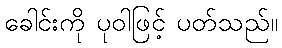
ခေါင်းကို ပုဝါဖြင့် ပတ်သည်။